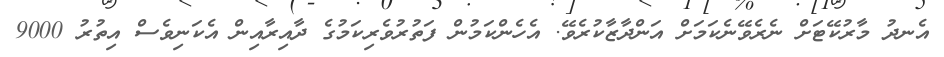
އެނދު މާރުކޭޓަށް ނެރެވޭނެކަމަށް އަންދާޒާކުރެވޭ. އެހެންކަމުން ފަތުރުވެރިކަމުގެ ދާއިރާއިން އެކަނިވެސް އިތުރު 9000